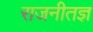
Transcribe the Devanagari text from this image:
राजनीतज्ञ